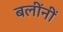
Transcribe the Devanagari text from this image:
बलींनीं